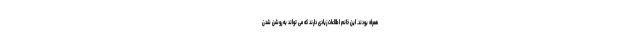
همراه بودند. این خانم اطلاعات زیادی دارند که می تواند به روشن شدن